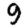
Digit: 9